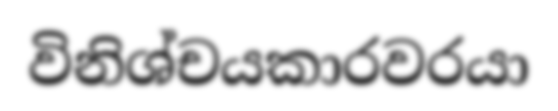
විනිශ්චයකාරවරයා